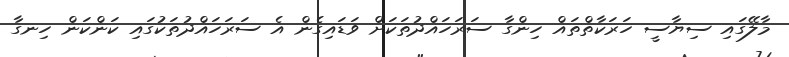
މާލޭގައި ސިޔާސީ ހަރަކާތްތައް ހިންގާ ސަރަހައްދުތަކަށް ވަޑައިގެން އެ ސަރަހައްދުތަކުގައި ކަންކަން ހިނގާ